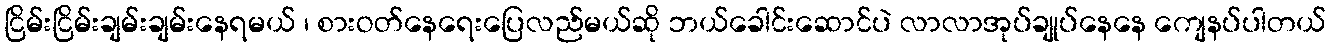
ငြိမ်းငြိမ်းချမ်းချမ်းနေရမယ် ၊ စားဝတ်နေရေးပြေလည်မယ်ဆို ဘယ်ခေါင်းဆောင်ပဲ လာလာအုပ်ချုပ်နေနေ ကျေနပ်ပါတယ်